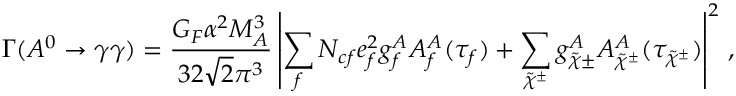
\Gamma ( A ^ { 0 } \rightarrow \gamma \gamma ) = \frac { G _ { F } \alpha ^ { 2 } M _ { A } ^ { 3 } } { 3 2 \sqrt { 2 } \pi ^ { 3 } } \left| \sum _ { f } N _ { c f } e _ { f } ^ { 2 } g _ { f } ^ { A } A _ { f } ^ { A } ( \tau _ { f } ) + \sum _ { \tilde { \chi } ^ { \pm } } g _ { \tilde { \chi } \pm } ^ { A } A _ { \tilde { \chi } ^ { \pm } } ^ { A } ( \tau _ { \tilde { \chi } ^ { \pm } } ) \right| ^ { 2 } \, ,